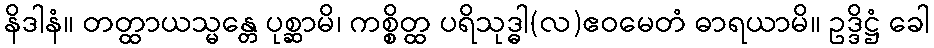
နိဒါနံ။ တတ္ထာယသ္မန္တေ ပုစ္ဆာမိ၊ ကစ္စိတ္ထ ပရိသုဒ္ဓါ(လ)ဧဝမေတံ ဓာရယာမိ။ ဥဒ္ဒိဋ္ဌံ ခေါ